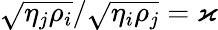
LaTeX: \sqrt{\eta_{j}\rho_{i}}/\sqrt{\eta_{i}\rho_{j}}=\varkappa